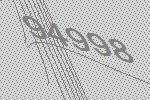
94998